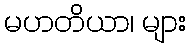
မဟတိယာ၊ များ